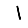
Digit: 1